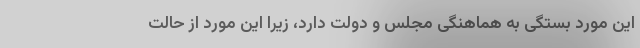
این مورد بستگی به هماهنگی مجلس و دولت دارد، زیرا این مورد از حالت